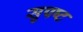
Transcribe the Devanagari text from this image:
सुपष्ट